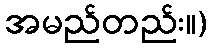
အမည်တည်း။)